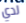
لدي